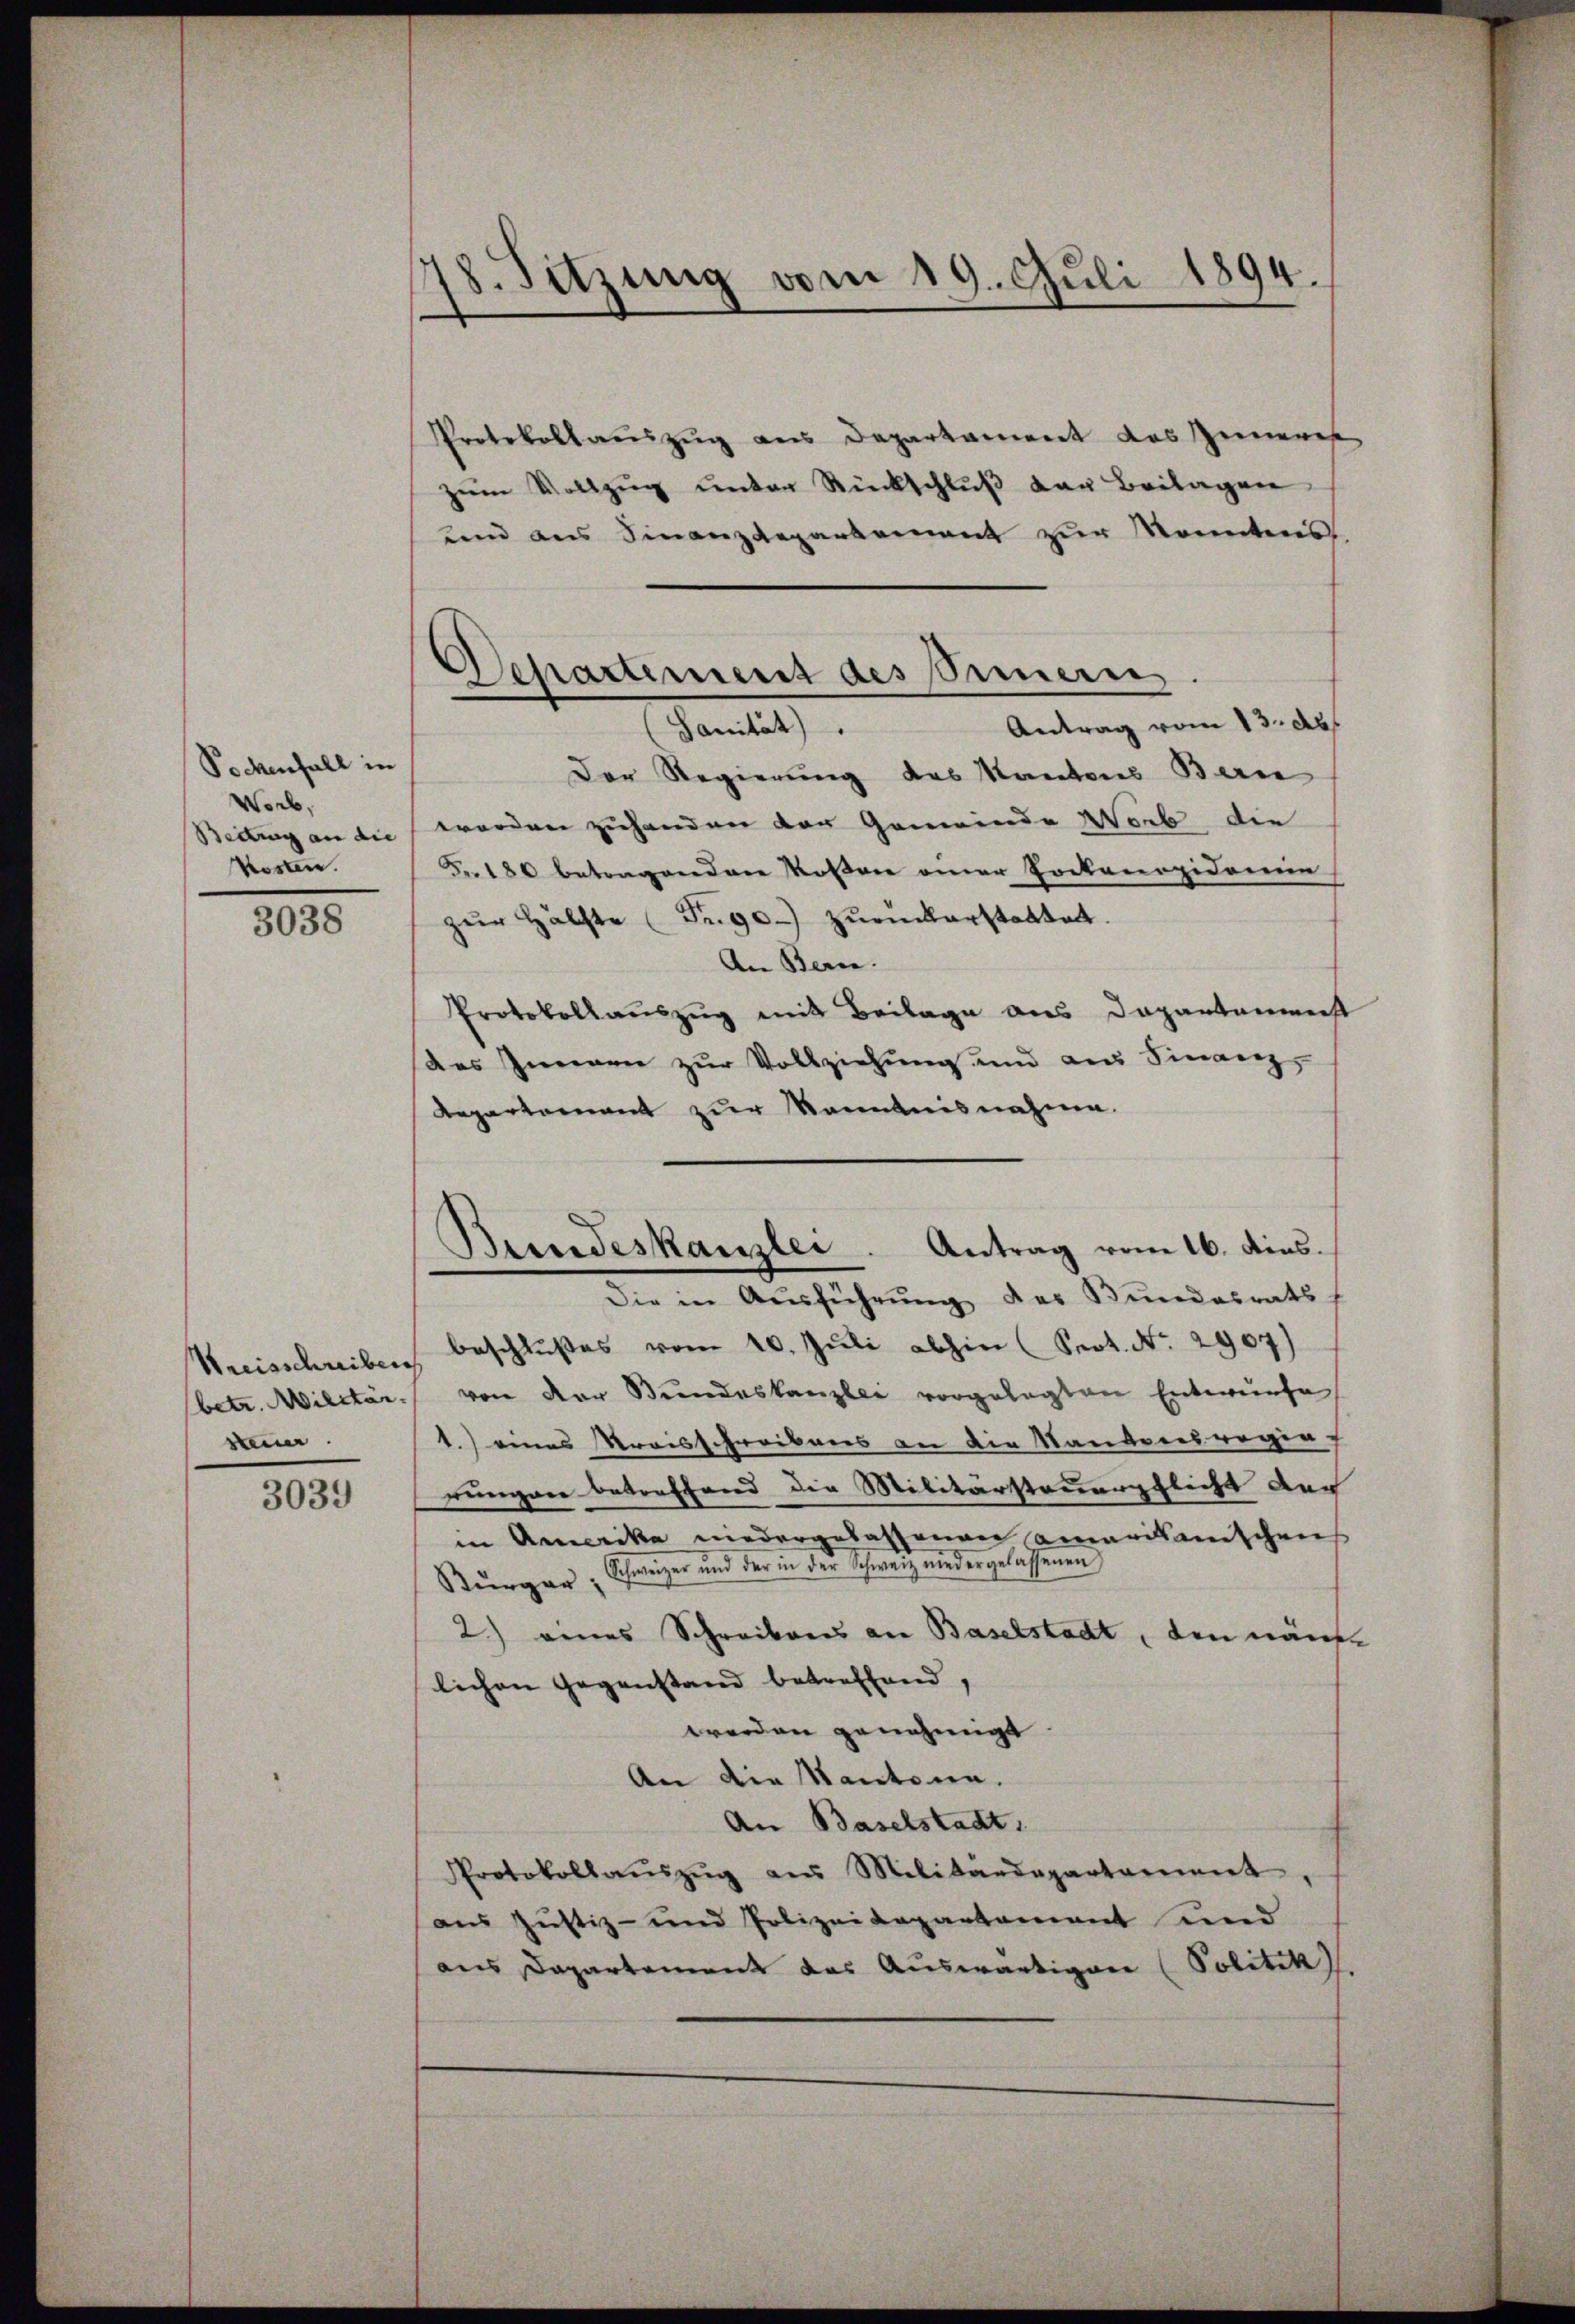
Pochenfall in
Worb,
Beitung an die
kosten.

3038

Wreisschreiben
betr. Militär.
bei

3039

18. Sitzung vom 19. Juli 1894.

Separtement des Eimern
Antrag vom 13. d.
Sanität)

Protokollauszug aus Departament des Inneres
zŭm Vollzŭg ŭnter Rückschlŭβ der Beilagen
und aus Finanzdepartement zur Monntes.
Der Regierung des Kantons Berne
worden zuhanden der Gemeinde Worb die
Fr. 180 betragenden Rosen einer Pockenepidemein
zŭr Hälfte (Fr. 90. zŭrückerstattet.
An Bern.
Protokollauszug mit Beilage aus Departenmeist
das Immen zŭr Vollziehung und aus Finanz-
Repartement zur Kenntnisnahme.
Die in Aŭsführŭng des Bundesrats
beschlußes vom 10. Jŭli abhin (Sept. No. 2907)
von der Bundeskanzler vorgelegten Entwurfe
1.) eines Kreisschreibens an die Manderesregia
rungen betreffend die Militärsteuerpflicht der
in Amerika niedergelassenen amerikanischen
egar Schweizer und der in der Schweiz niedergelassenen
2.) eines Schreibens an Baselstadt, den nämen
lichen Gegenstand betreffend
worden genehmigt
An die Kantona
An Baselstadt.
Protokollaŭszŭg aŭs Militärdepartement,
aus Justiz- und Polizeidepartement und
aus Dapartement das Auswärtigen (Politik

Bundeskanzlei. Antrag vom 16. Ains.